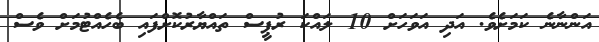
އަންނާނެ ކަމަށެވެ. އަދި އަވަހަށް 10 ލައްކަ ރުޕީސް ތައްޔާރުކޮށްފައި ބެހެއްޓުމަށް ވެސް